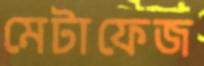
মেটাফেজ